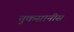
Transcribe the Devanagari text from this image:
नुकसानीस